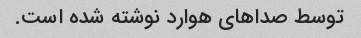
توسط صداهای هوارد نوشته شده است.